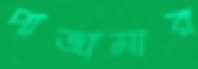
পাজামার